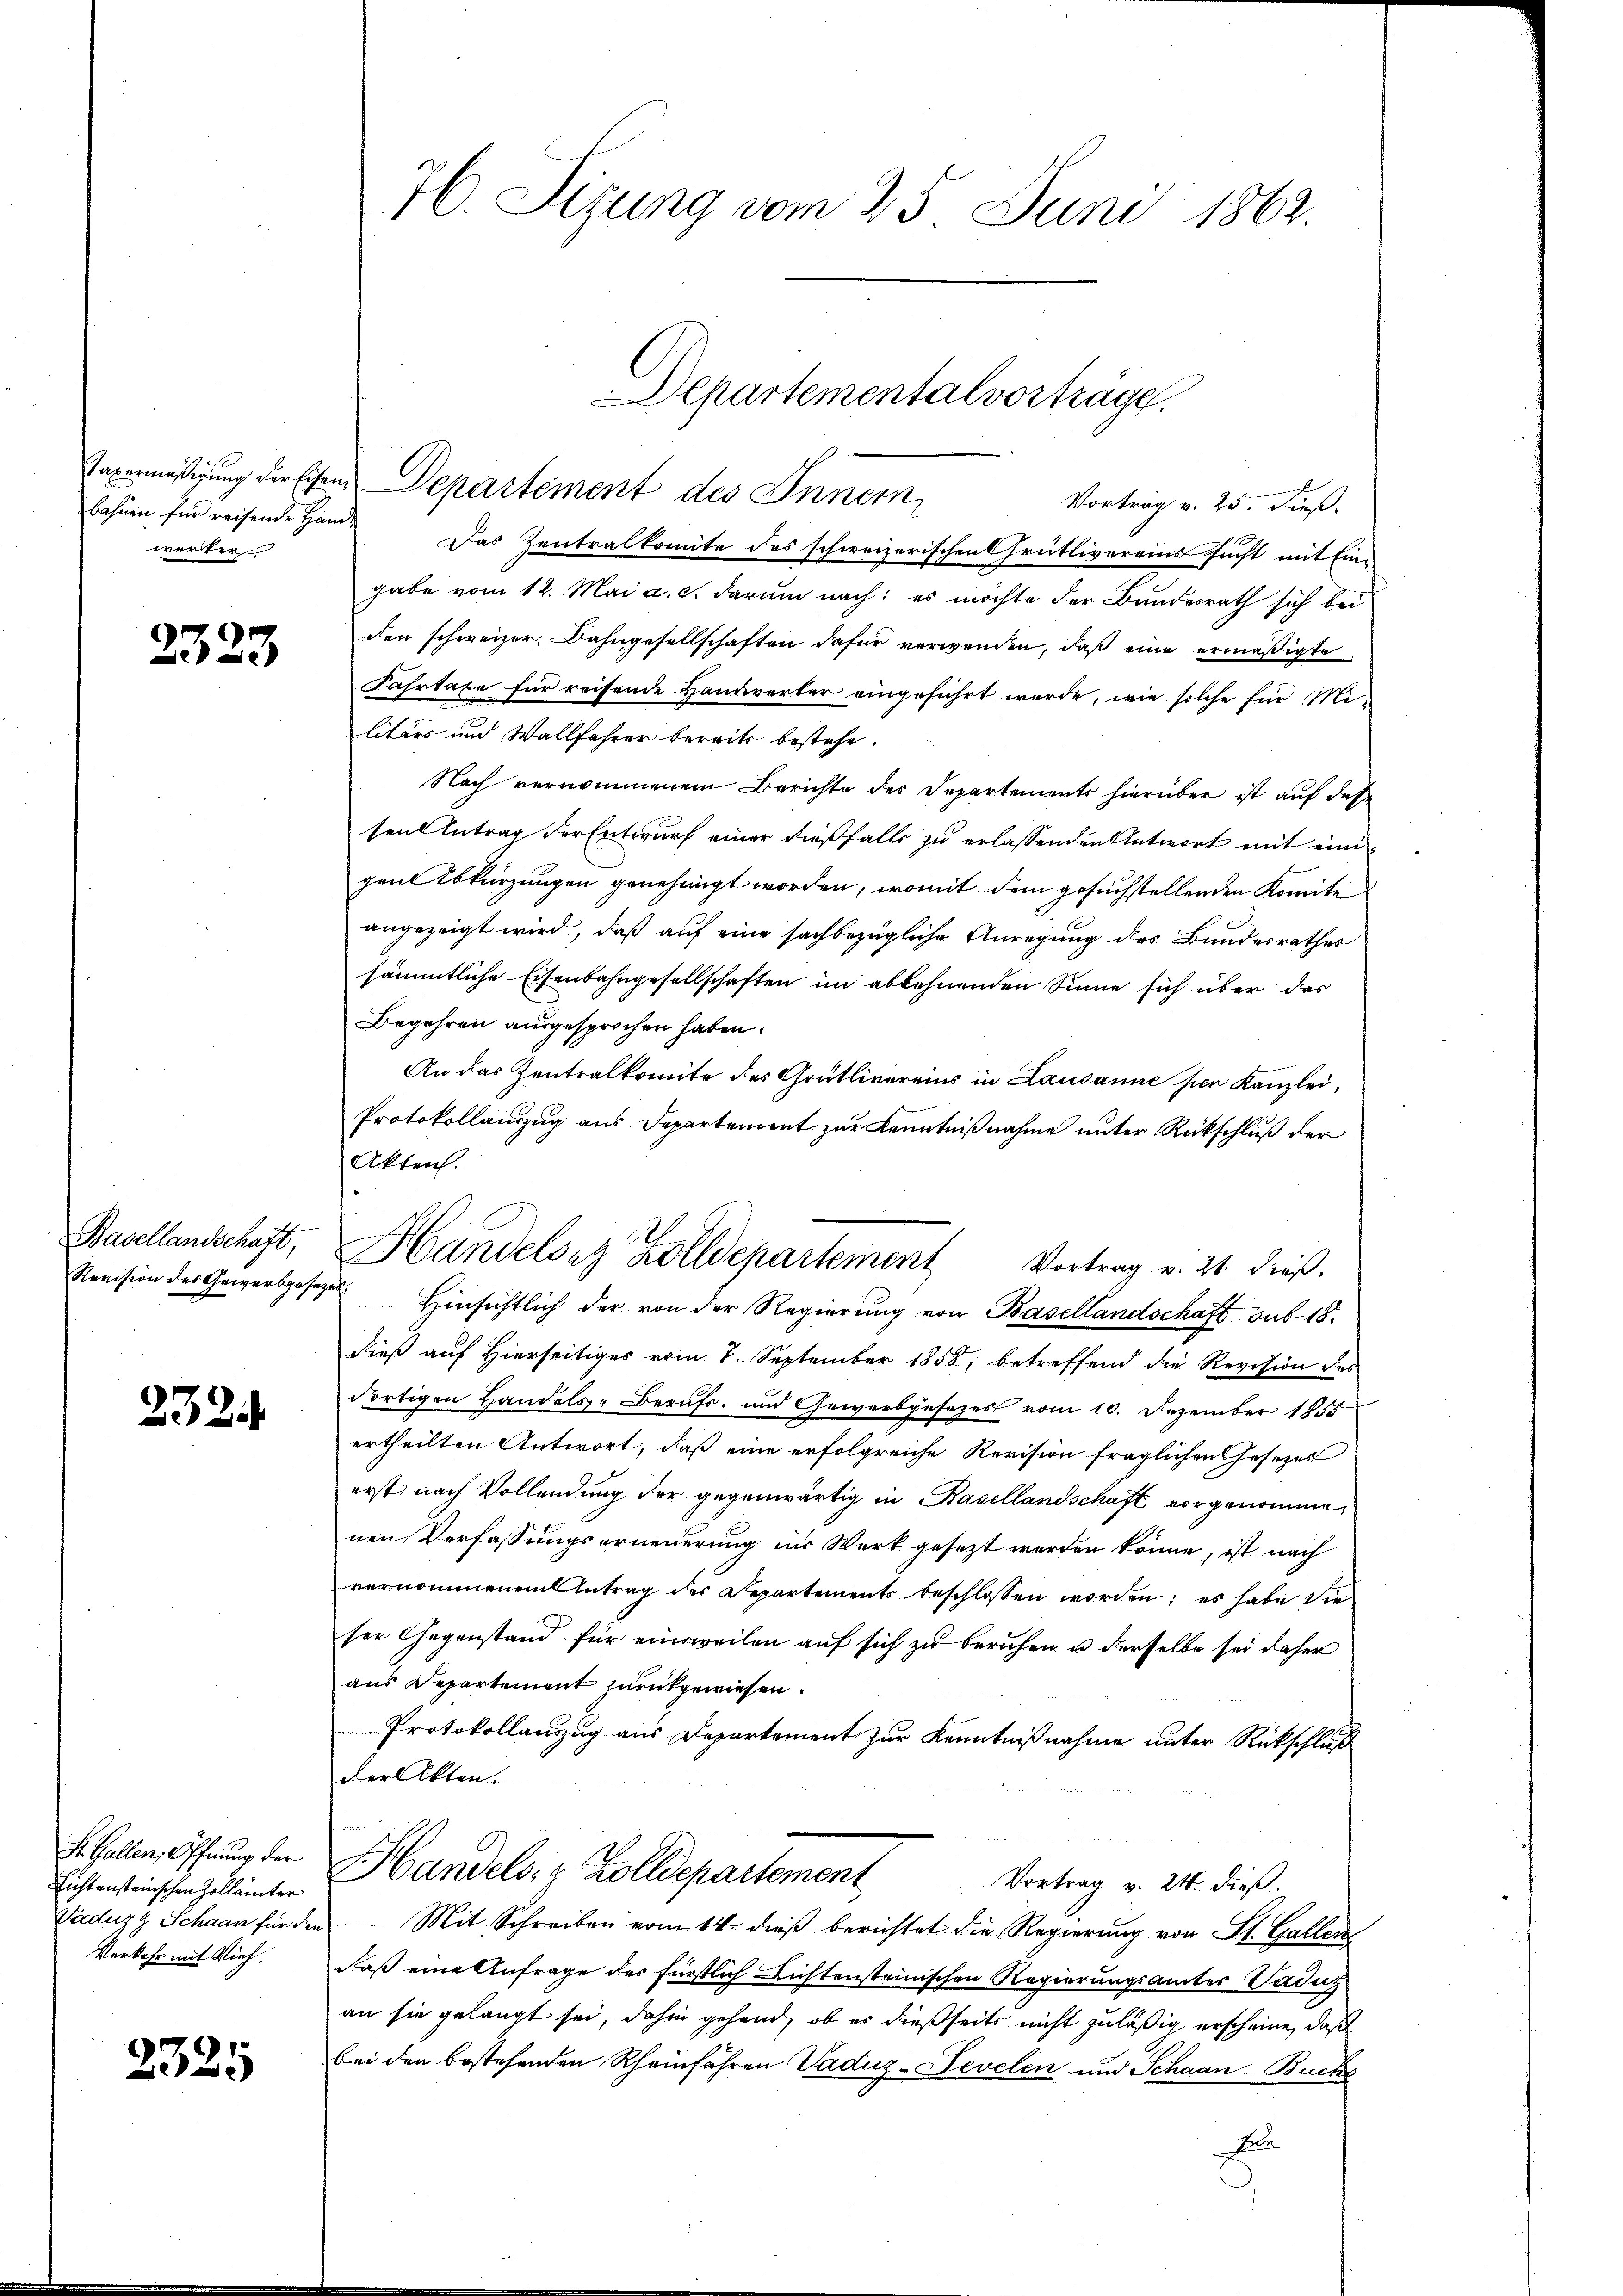
werker

2323

Basellandschaft,
Revision des Gewerbgesez

232

F. Gallen, Öffnung der
Lichtensteinschen Zollämter
Vaduzg Schaan für der
Verkehr mit Vieh.

2325

H. Sizung vom 25. Juni 1862.

Vortrag v. 25. dieß.
bahnen für reisende Hand. Das Zentralkomite des schweizerischen Grütlivereins sucht mit Ein-
gabe vom 12. Mai a. c. darum nach: es möchte der Bundesrath sich bei
den schweizer, Dahngesellschaften dafür verwenden, daß eine ermäßigte
Fahrtaxe für reisende Handwerter eingeführt werde, wie solche für Militärs und Wallfahrer bereits bestehe.
Nach vernommenem Berichte des Departements hierüber ist auf deße
sen Antrag der Entwurf einer dießfalls zu erlassenden Antwort mit einigent Abkürzungen genehmigt worden, womit dem gesuchstellenden Komite
angezeigt wird, daß auf eine sachbezügliche Anregung des Bundesrathes
sämmtliche Eisenbahngesellschaften im ablehnenden Sinne sich über das
Begehren ausgesprochen haben.
An das Zentralkomite des Grütlivereins in Lausanne per Kanzlei,
Protokollanzug aus Departement zur Kenntnißnahme unter Rückschluß der
Akten.
v Hinsichtlich der von der Regierung von Basellandschaft sub 18.
dieß auf hierseitiges vom 8. September 1858, betreffend die Revision des
dortigen Handels- Berufs- und Gewerbgesetzes vom 10. Dezember 1855
ertheilten Antwort, daß eine erfolgreiche Revision fraglichen Gesetzes
erst nach Vollendung der gegenwärtig in Basellandschaft vorgenommenen Verfassungserneuerung ins Werk gesezt werden könne, ist nach
vernommenen Antrag der Departements beschlossen worden; es habe die
ser Gegenstand für einweilen auf sich zu beruhen u derselbe sei daher
aus Departement zurückgewiesen.
Protokollauszug aus Departement zur Kenntnißnahme unter Rückschluß
der Akten.
Handels- & Zolldepartement
Vortrag v. 24. dieß.
Mit Schreiben vom 14. dieβ berichtet die Regierung von St. Gallen
daß eine Anfrage des fürstlich nichtensteinischen Regierungsamtes Vadug
an sie gelangt sei, dahin gehend, ob er dießseits nicht zuläßig erscheine, daß
bei den bestehenden Rheinfahren Vaduz-Pevelen und Schaan-Buchs
e

Taxermäßigung der Eisen, Departement des Innern

Departemental vorträge.

Handelsez Zolldepartement Vortrag v. 21. dieβ.